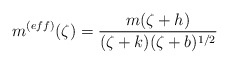
\begin{align*}m^{(eff)}(\zeta)=\frac{m(\zeta +h)}{(\zeta +k)(\zeta +b)^{1/2}} \end{align*}